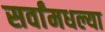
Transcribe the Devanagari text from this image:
सर्वांमधल्या